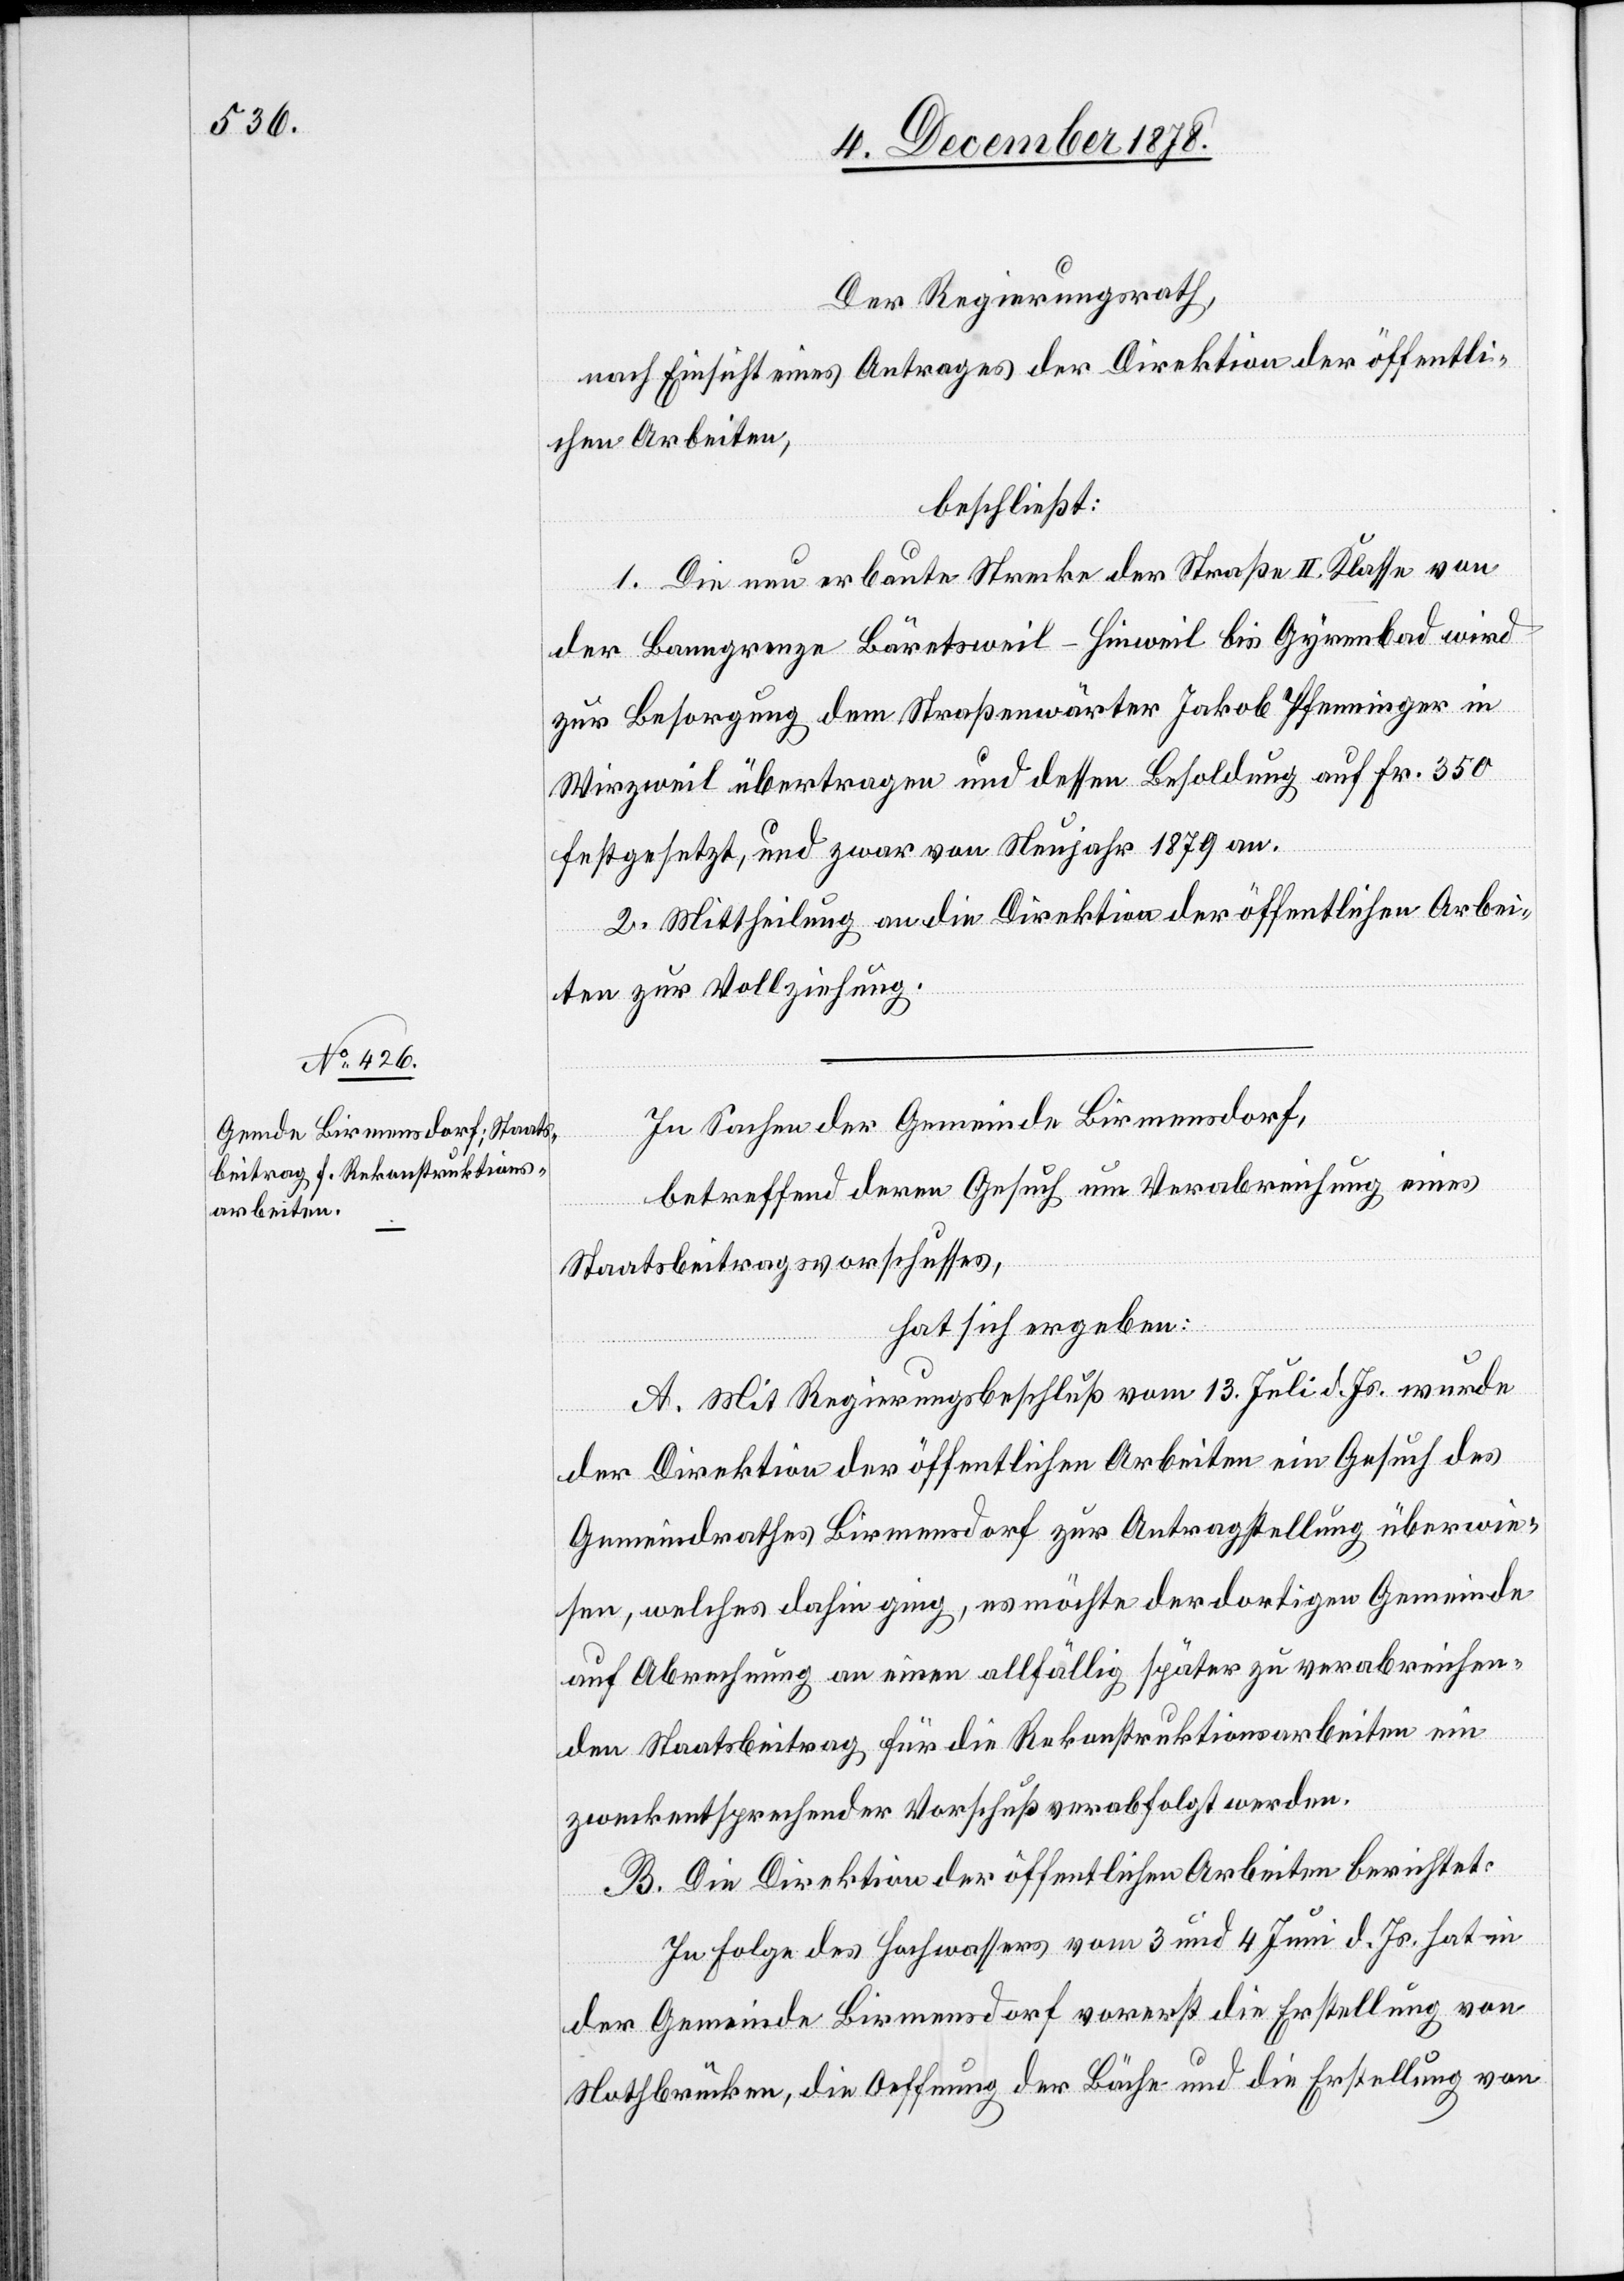
Der Regierungsrath,
nach Einsicht eines Antrages der Direktion der öffentli¬
chen Arbeiten,
beschließt:
1. Die neu erbaute Strecke der Straße II. Klasse von
der Banngrenze Bäretsweil–Hinweil bis Gyrenbad wird
zur Besorgung dem Straßenwärter Jakob Pfenninger in
Wirzweil übertragen und dessen Besoldung auf Fr. 350
festgesetzt, und zwar von Neujahr 1879 an.
2. Mittheilung an die Direktion der öffentlichen Arbei¬
ten zur Vollziehung.
In Sachen der Gemeinde Birmensdorf,
betreffend deren Gesuch um Verabreichung eines
Staatsbeitragsvorschusses,
hat sich ergeben:
A. Mit Regierungsbeschluß vom 13. Juli d. Js. wurde
der Direktion der öffentlichen Arbeiten ein Gesuch des
Gemeindrathes Birmensdorf zur Antragstellung überwie¬
sen, welches dahin ging, es möchte der dortigen Gemeinde
auf Abrechnung an einen allfällig später zu verabreichen¬
den Staatsbeitrag, für die Rekonstruktionsarbeiten ein
zweckentsprechender Vorschuß verabfolgt werden.
B. Die Direktion der öffentlichen Arbeiten berichtet:
In Folge des Hochwassers vom 3 und 4 Juni d. Js. hat in
der Gemeinde Birmensdorf vorerst die Erstellung von
Nothbrücken, die Oeffnung der Bäche und die Erstellung von